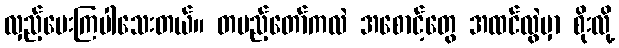
လှည့်မေးကြပါသေးတယ်။ တပည့်တော်ကလဲ အစောင့်တွေ အထင်လွဲမှာ စိုးလို့